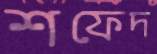
শফেদ